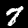
Digit: 7